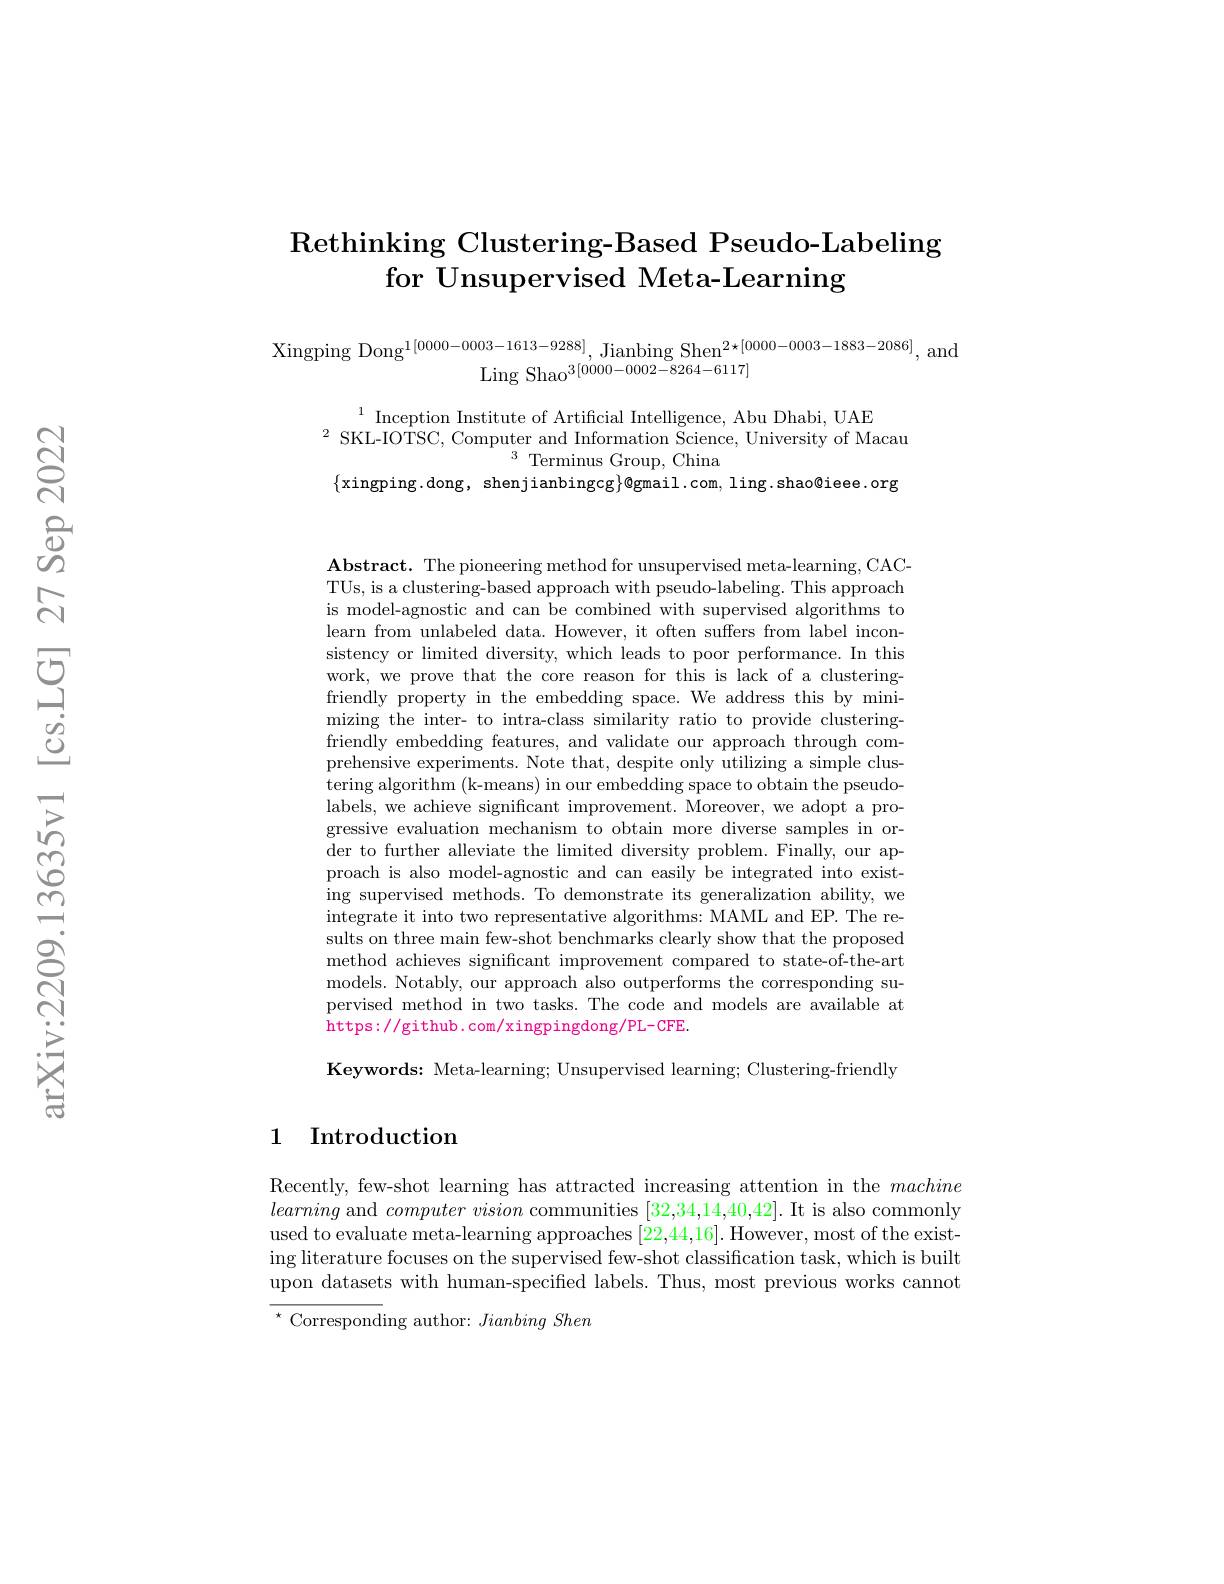
# $\operatorname{Rethinking}$ Clustering-Based Pseudo-Labeling for Unsupervised Meta-Learning

Xingping Dong$^{1[ 0000- 0003- 1613- 9288] }$, Jianbing She$n^{2* [ 0000- 0003- 1883- 2086] }$, and
Ling Shao$^{3[0000-0002-8264-6117]}$

$^{1}$ Inception Institute of Artificial Intelligence, Abu Dhabi, UAE
$^{2}{\mathrm{~SKL-IOTSC,~Computer~and~Information~Science,~University~of~Macau}}$
$^3$ Terminus Group, China
$\{$xingping.dong, shenjianbingcg$\}@$gmail.com, ling.shao@ieee.org

$\mathbf{Abstract.~The~pioneering~method~for~unsupervised~meta-learning,~CAC-}$ TUs, is a clustering-based approach with pseudo-labeling. This approach is model-agnostic and can be combined with supervised algorithms to learn from unlabeled data. However, it often suffers from label inconsistency or limited diversity, which leads to poor performance. In this work, we prove that the core reason for this is lack of a clusteringfriendly property in the embedding space. We address this by minimizing the inter- to intra-class similarity ratio to provide clusteringfriendly embedding features, and validate our approach through comprehensive experiments. Note that, despite only utilizing a simple clustering algorithm (k-means) in our embedding space to obtain the pseudolabels, we achieve significant improvement. Moreover, we adopt a progressive evaluation mechanism to obtain more diverse samples in order to further alleviate the limited diversity problem. Finally, our approach is also model-agnostic and can easily be integrated into existing supervised methods. To demonstrate its generalization ability, we integrate it into two representative algorithms: MAML and EP. The results on three main few-shot benchmarks clearly show that the proposed method achieves significant improvement compared to state-of-the-art models. Notably, our approach also outperforms the corresponding supervised method in two tasks. The code and models are available at https://github.com/xingpingdong/PL-CFE.

Keywords: Meta-learning; Unsupervised learning; Clustering-friendly

### 1 Introduction

Recently, few-shot learning has attracted increasing attention in the machine learning and $computer\textit{vision communities }[ 32, 34, 14, 40, 42] .$ It is also commonly used to evaluate meta-learning approaches [22,44,16]. However, most of the existing literature focuses on the supervised few-shot classification task, which is built upon datasets with human-specified labels. Thus, most previous works cannot $^{\star}$ Corresponding author: Jianbing Shen